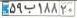
۵۹ب۱۸۸۲۰